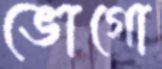
ভোগো